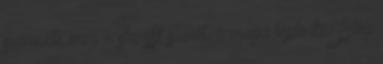
szerezte meg a sheriff szívét, ő maga tépte ki?Elég